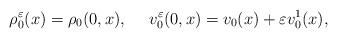
LaTeX: \begin{align*}\rho_{0}^{\varepsilon}(x)=\rho_{0}(0,x), ~~~~ v_{0}^{\varepsilon}(0, x)=v_{0}(x)+\varepsilon v_{0}^{1}(x),\end{align*}